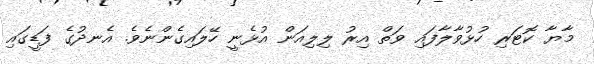
މާޔާ ކޮޓަރި ހުޅުވާލާފައި ވަތް އިރު ލިލިއަން އުޅެނީ ހޭލައިގެންނެވެ. އެނދުގެ ފަޑީގައި